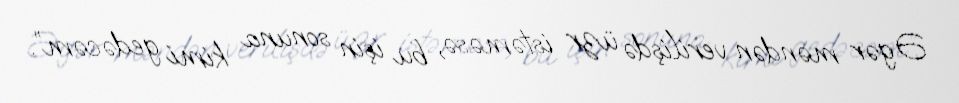
Əgər məndən verilişdə üzr istəməsə, bu işin sonuna kimi gedəcəm”.